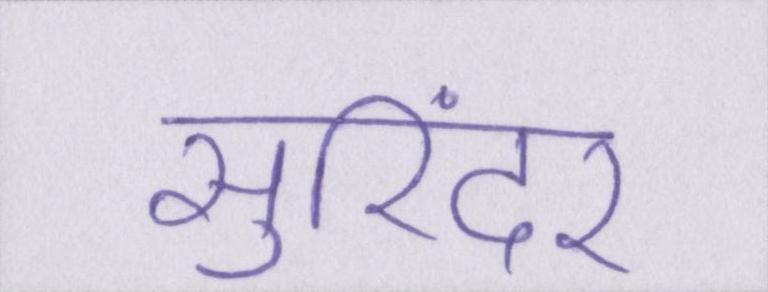
सुरिंदर